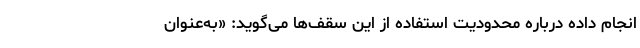
انجام داده درباره محدودیت استفاده از این سقف‌ها می‌گوید: «به‌عنوان